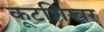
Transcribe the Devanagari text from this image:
कूटशिखर